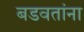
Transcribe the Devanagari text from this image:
बडवतांना